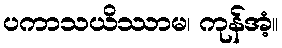
ပကာသယိဿာမ၊ ကုန်အံ့။